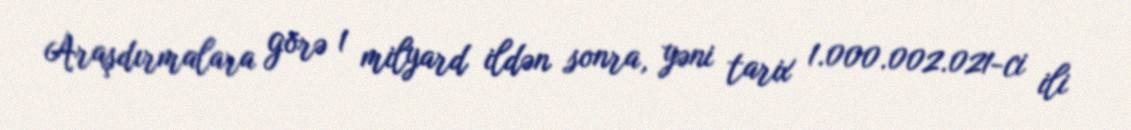
Araşdırmalara görə 1 milyard ildən sonra, yəni tarix 1.000.002.021-ci ili